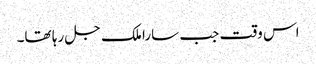
اس وقت جب سارا ملک جل رہا تھا۔